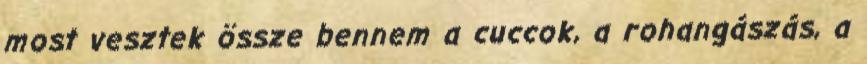
most vesztek össze bennem a cuccok, a rohangászás, a